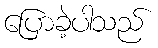
ပြောခဲ့ပါသည်